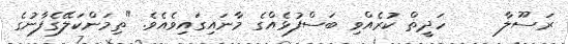
ރަސޫލާ     ހަދީޡް ކުރެއްވި ބަސްފުޅެއްގެ މާނައިގައިވެއެވެ. "ތިމަންކަލޭގެފާނުގެ